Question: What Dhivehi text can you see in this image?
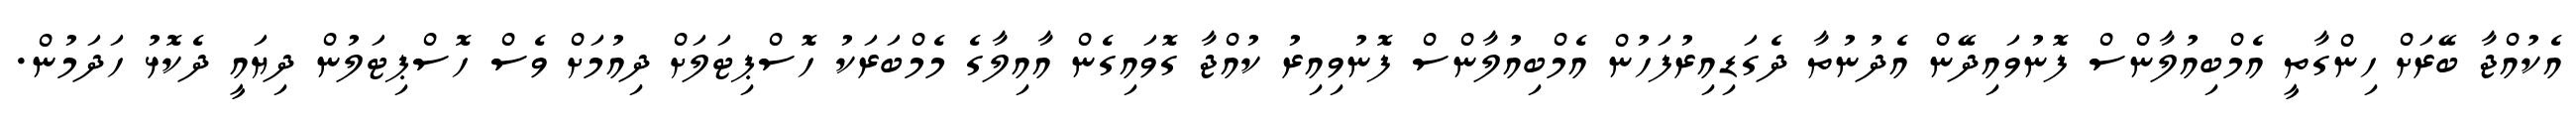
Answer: އެކުއްޖާ ބޭރަށް ހިންގާތީ އެމްބިއުލާންސް ފޮނުވައިދޭން އެދުނުތާ ދެގަޑިއިރުފަހުން އެމްބިއުލާންސް ފޮނުވިއިރު ކުއްޖާ ގޮވައިގެން އާއިލާގެ މެމްބަރަކު ހޮސްޕިޓަލަށް ދިއުމަށް ވެސް ހޮސްޕިޓަލުން ދިޔައީ ދެކޮޅު ހަދަމުން.